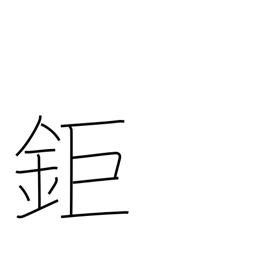
Meaning: big